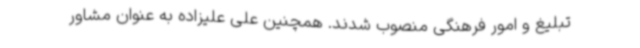
تبلیغ و امور فرهنگی منصوب شدند. همچنین علی علیزاده به عنوان مشاور